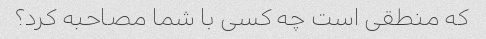
که منطقی است چه کسی با شما مصاحبه کرد؟